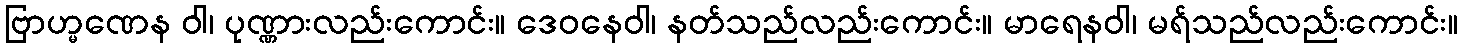
ဗြာဟ္မဏေန ဝါ၊ ပုဏ္ဏားလည်းကောင်း။ ဒေဝနေဝါ၊ နတ်သည်လည်းကောင်း။ မာရေနဝါ၊ မရ်သည်လည်းကောင်း။